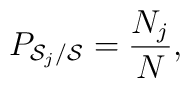
P_{{\cal S}_j/{\cal S}}= \frac{N_j}{N},